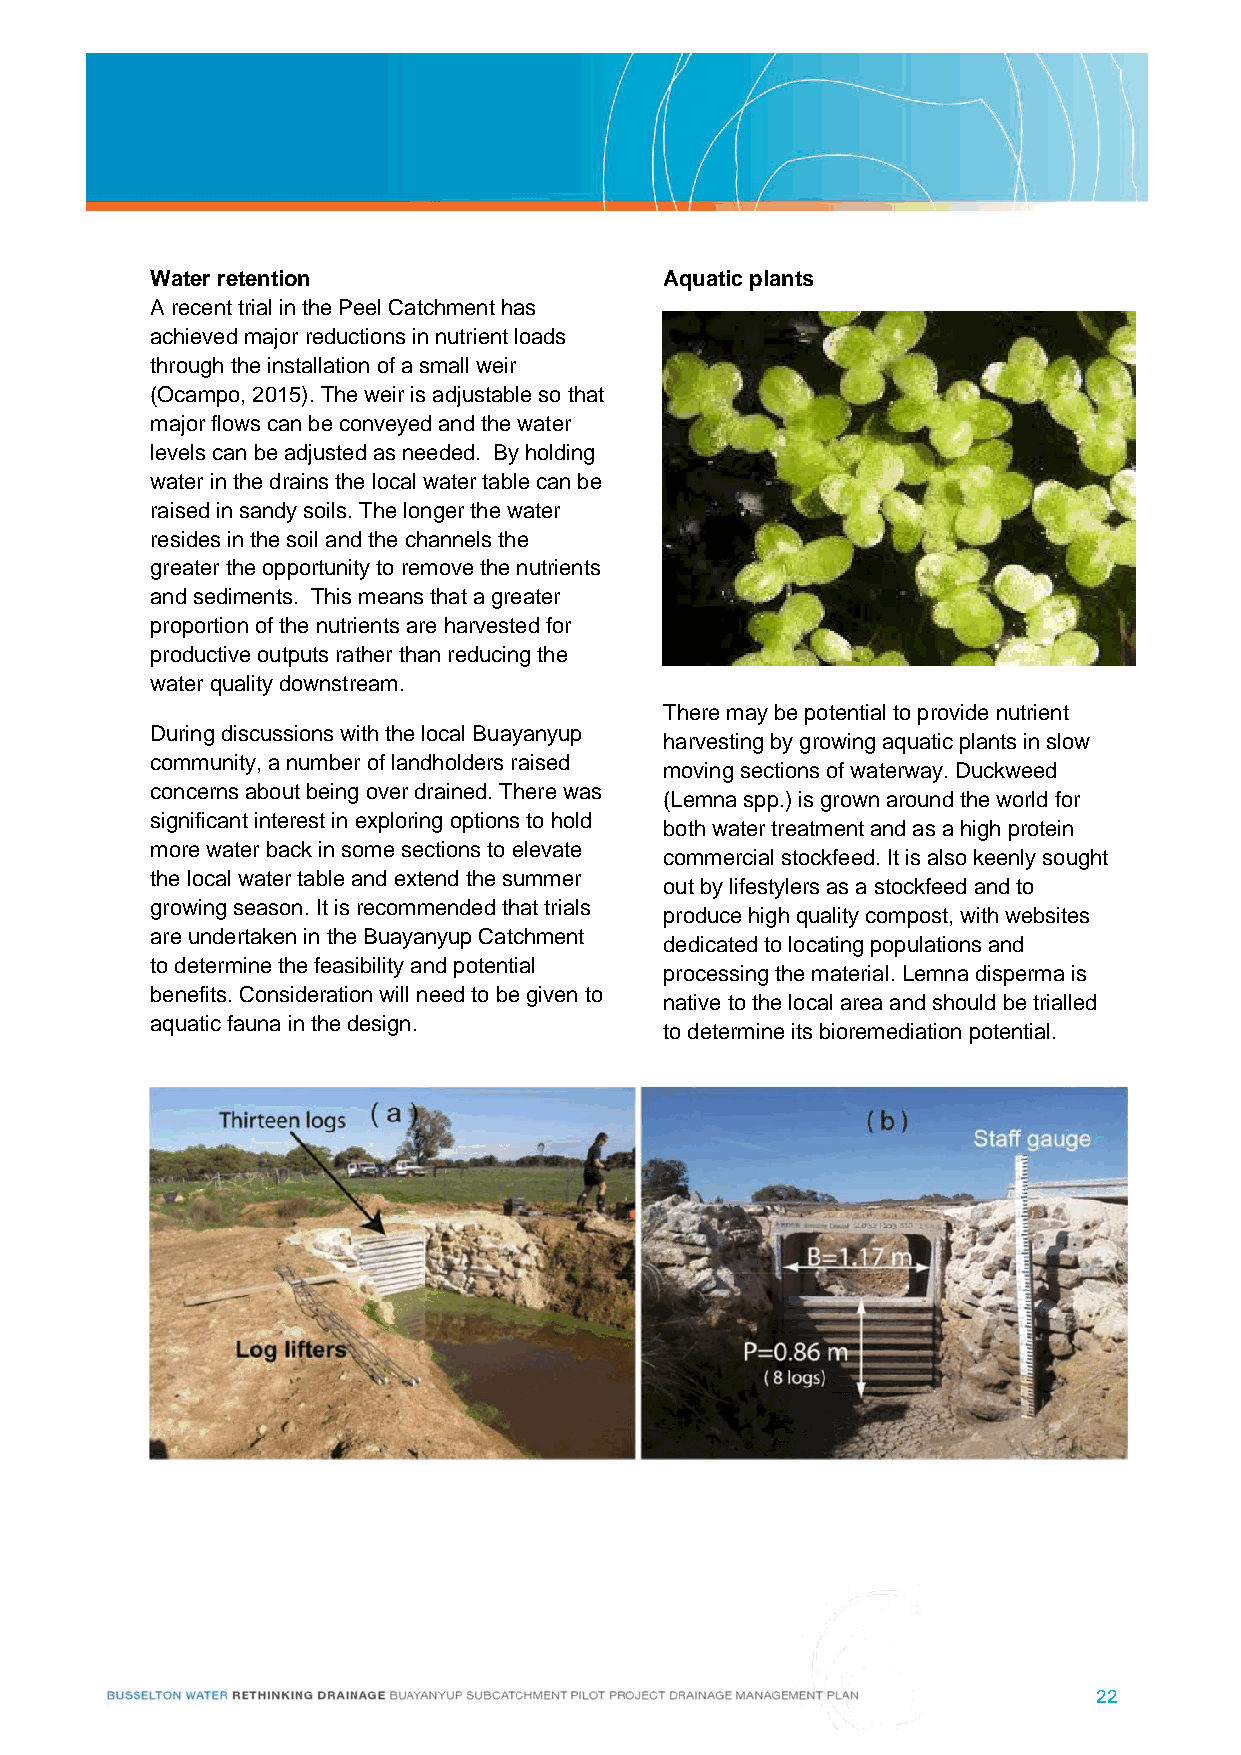
Water retention                   Aquatic plants
 A recent trial in the Peel Catchment has
 achieved major reductions in nutrient loads
 through the installation of a small weir
 (Ocampo, 2015). The weir is adjustable so that
 major flows can be conveyed and the water
 levels can be adjusted as needed. By holding
 water in the drains the local water table can be
 raised in sandy soils. The longer the water
 resides in the soil and the channels the
 greater the opportunity to remove the nutrients
 and sediments. This means that a greater
 proportion of the nutrients are harvested for
 productive outputs rather than reducing the
 water quality downstream.
 There may be potential to provide nutrient
 During discussions with the local Buayanyup
 harvesting by growing aquatic plants in slow
 community, a number of landholders raised
 moving sections of waterway. Duckweed
 concerns about being over drained. There was
 (Lemna spp.) is grown around the world for
 significant interest in exploring options to hold
 both water treatment and as a high protein
 more water back in some sections to elevate
 commercial stockfeed. It is also keenly sought
 the local water table and extend the summer
 out by lifestylers as a stockfeed and to
 growing season. It is recommended that trials
 produce high quality compost, with websites
 are undertaken in the Buayanyup Catchment
 dedicated to locating populations and
 to determine the feasibility and potential
 processing the material. Lemna disperma is
 benefits. Consideration will need to be given to
 native to the local area and should be trialled
 aquatic fauna in the design.
 to determine its bioremediation potential.
 22